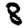
Digit: 8